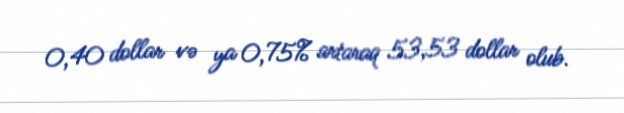
0,40 dollar və ya 0,75% artaraq 53,53 dollar olub.